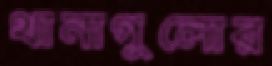
থানাগুলোর